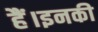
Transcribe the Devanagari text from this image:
हैं।इनकी